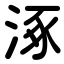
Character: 涿